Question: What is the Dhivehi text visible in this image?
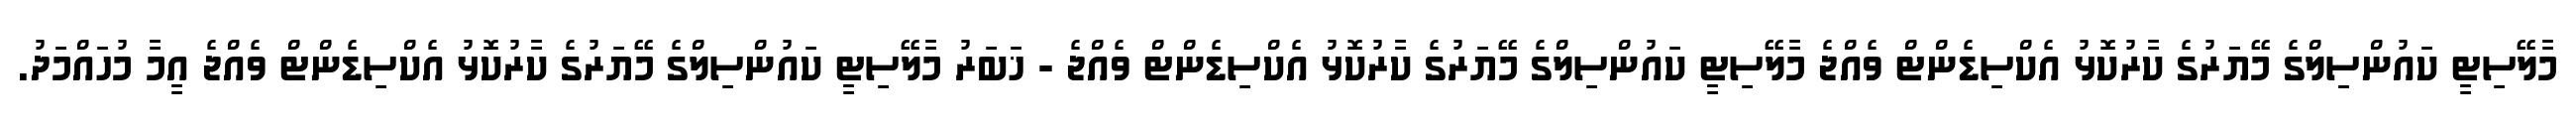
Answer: މާލޭސިޓީ ކައުންސިލްގެ މޭޔަރުގެ ކާރުކޮޅު އެކްސިޑެންޓް ވެއްޖެ މާލޭސިޓީ ކައުންސިލްގެ މޭޔަރުގެ ކާރުކޮޅު އެކްސިޑެންޓް ވެއްޖެ - ޚަބަރު މާލޭސިޓީ ކައުންސިލްގެ މޭޔަރުގެ ކާރުކޮޅު އެކްސިޑެންޓް ވެއްޖެ އީމާ މުހައްމަދު.